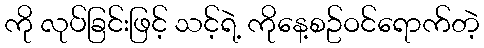
ကို လုပ်ခြင်းဖြင့် သင့်ရဲ့ ကိုနေ့စဥ်ဝင်ရောက်တဲ့